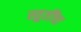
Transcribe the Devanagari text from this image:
स्तुतींचा